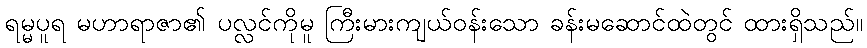
ရမ္မပူရ မဟာရာဇာ၏ ပလ္လင်ကိုမူ ကြီးမားကျယ်ဝန်းသော ခန်းမဆောင်ထဲတွင် ထားရှိသည်။